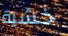
خشية